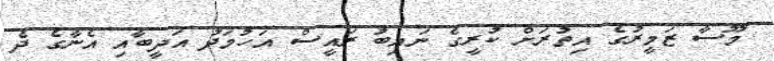
މޫސާ ޒަމީރުގެ އިތުރަށް ކުރީގެ ނައިބު ރައީސް އަހުމަދު އަދީބާއި އެނާގެ ދެ